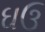
ઘઉ